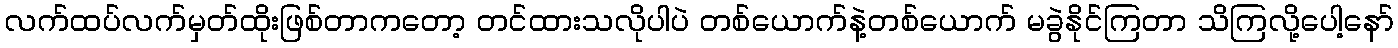
လက်ထပ်လက်မှတ်ထိုးဖြစ်တာကတော့ တင်ထားသလိုပါပဲ တစ်ယောက်နဲ့တစ်ယောက် မခွဲနိုင်ကြတာ သိကြလို့ပေါ့နော်